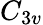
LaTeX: C_{3v}